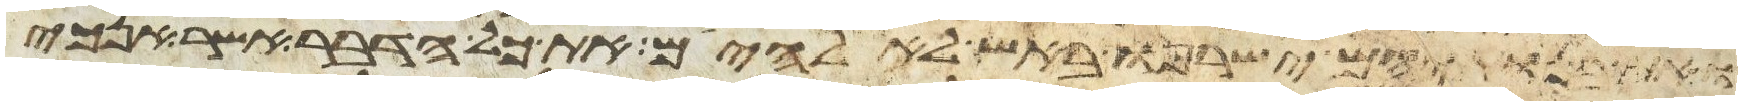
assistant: ואת בנתיהם ישרפו באש לאלהיהם את כל הדבר אשר אנכי